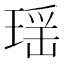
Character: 瑶